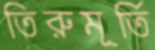
তিরুমূর্তি